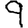
Digit: 9